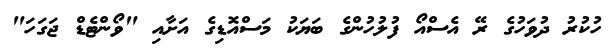
ހުކުރު ދުވަހުގެ ރޭ އެސްއޯ ފުލުހުންގެ ބަޔަކު މަސްއޮޑިގެ އަށާއި "ވޯންޓެޑް ޖަގަހަ"